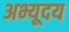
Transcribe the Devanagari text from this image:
अभ्यूदय